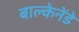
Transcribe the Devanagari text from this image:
बाल्केनेंडे